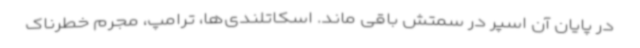
در پایان آن اسپر در سمتش باقی ماند. اسکاتلندی‌ها، ترامپ، مجرم خطرناک